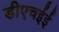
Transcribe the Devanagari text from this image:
डीएचईई